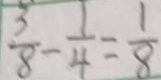
\frac { 3 } { 8 } - \frac { 1 } { 4 } = \frac { 1 } { 8 }